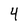
Character: 4